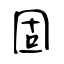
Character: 固